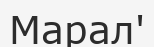
Марал'